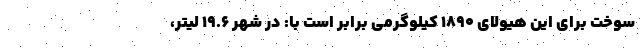
سوخت برای این هیولای 1890 کیلوگرمی برابر است با: در شهر 19.6 لیتر،